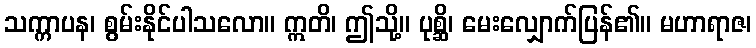
သက္ကာပန၊ စွမ်းနိုင်ပါသလော။ ဣတိ၊ ဤသို့။ ပုစ္ဆိ၊ မေးလျှောက်ပြန်၏။ မဟာရာဇ၊